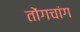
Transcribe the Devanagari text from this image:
तोंगचांग